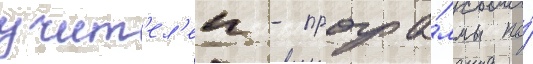
учит'ел'еи - програ́ммы по́